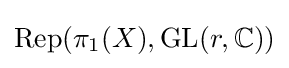
\operatorname {Rep} (\pi _{1}(X),\operatorname {GL} (r,\mathbb {C} ))